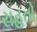
રાહતો